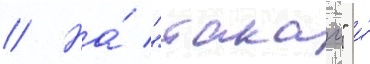
// На́ "такао" и́